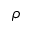
\rho